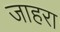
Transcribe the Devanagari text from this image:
जाहरा